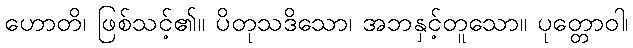
ဟောတိ၊ ဖြစ်သင့်၏။ ပိတုသဒိသော၊ အဘနှင့်တူသော။ ပုတ္တောဝါ၊